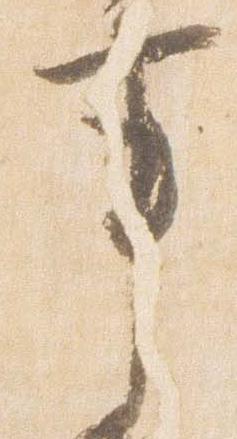
事